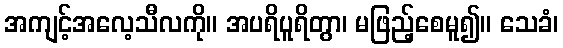
အကျင့်အလေ့သီလကို။ အပရိပူရိတွာ၊ မဖြည့်စေမူ၍။ သေခံ၊